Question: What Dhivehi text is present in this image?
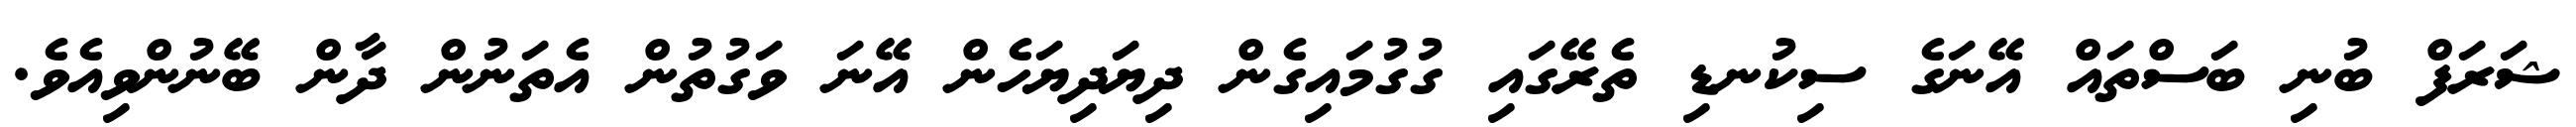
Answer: ޝަރަފް ބުނި ބަސްތައް އޭނަގެ ސިކުނޑި ތެރޭގައި ގުގުމައިގެން ދިޔަދިޔަހެން އޭނަ ވަގުތުން އެތަނުން ދާން ބޭނުންވިއެވެ.